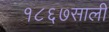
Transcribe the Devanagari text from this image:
१८६७साली